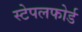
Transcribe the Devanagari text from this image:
स्टेपलफोर्ड